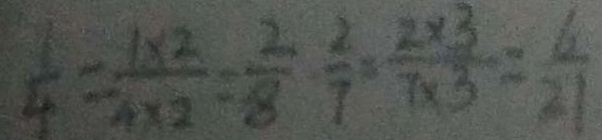
\frac { 1 } { 4 } = \frac { 1 \times 2 } { 4 \times 2 } = \frac { 2 } { 8 } \frac { 2 } { 7 } = \frac { 2 \times 3 } { 7 \times 3 } = \frac { 6 } { 2 1 }